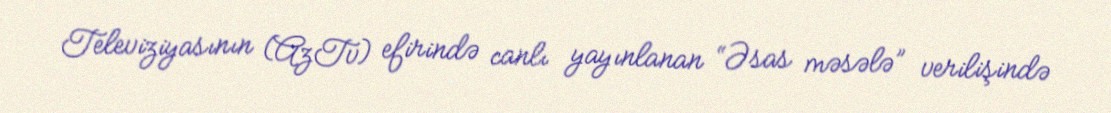
Televiziyasının (AzTv) efirində canlı yayınlanan “Əsas məsələ” verilişində